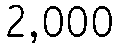
2,000